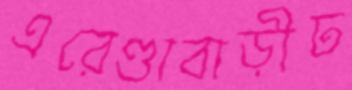
এরেণ্ডাবাড়ীঢ